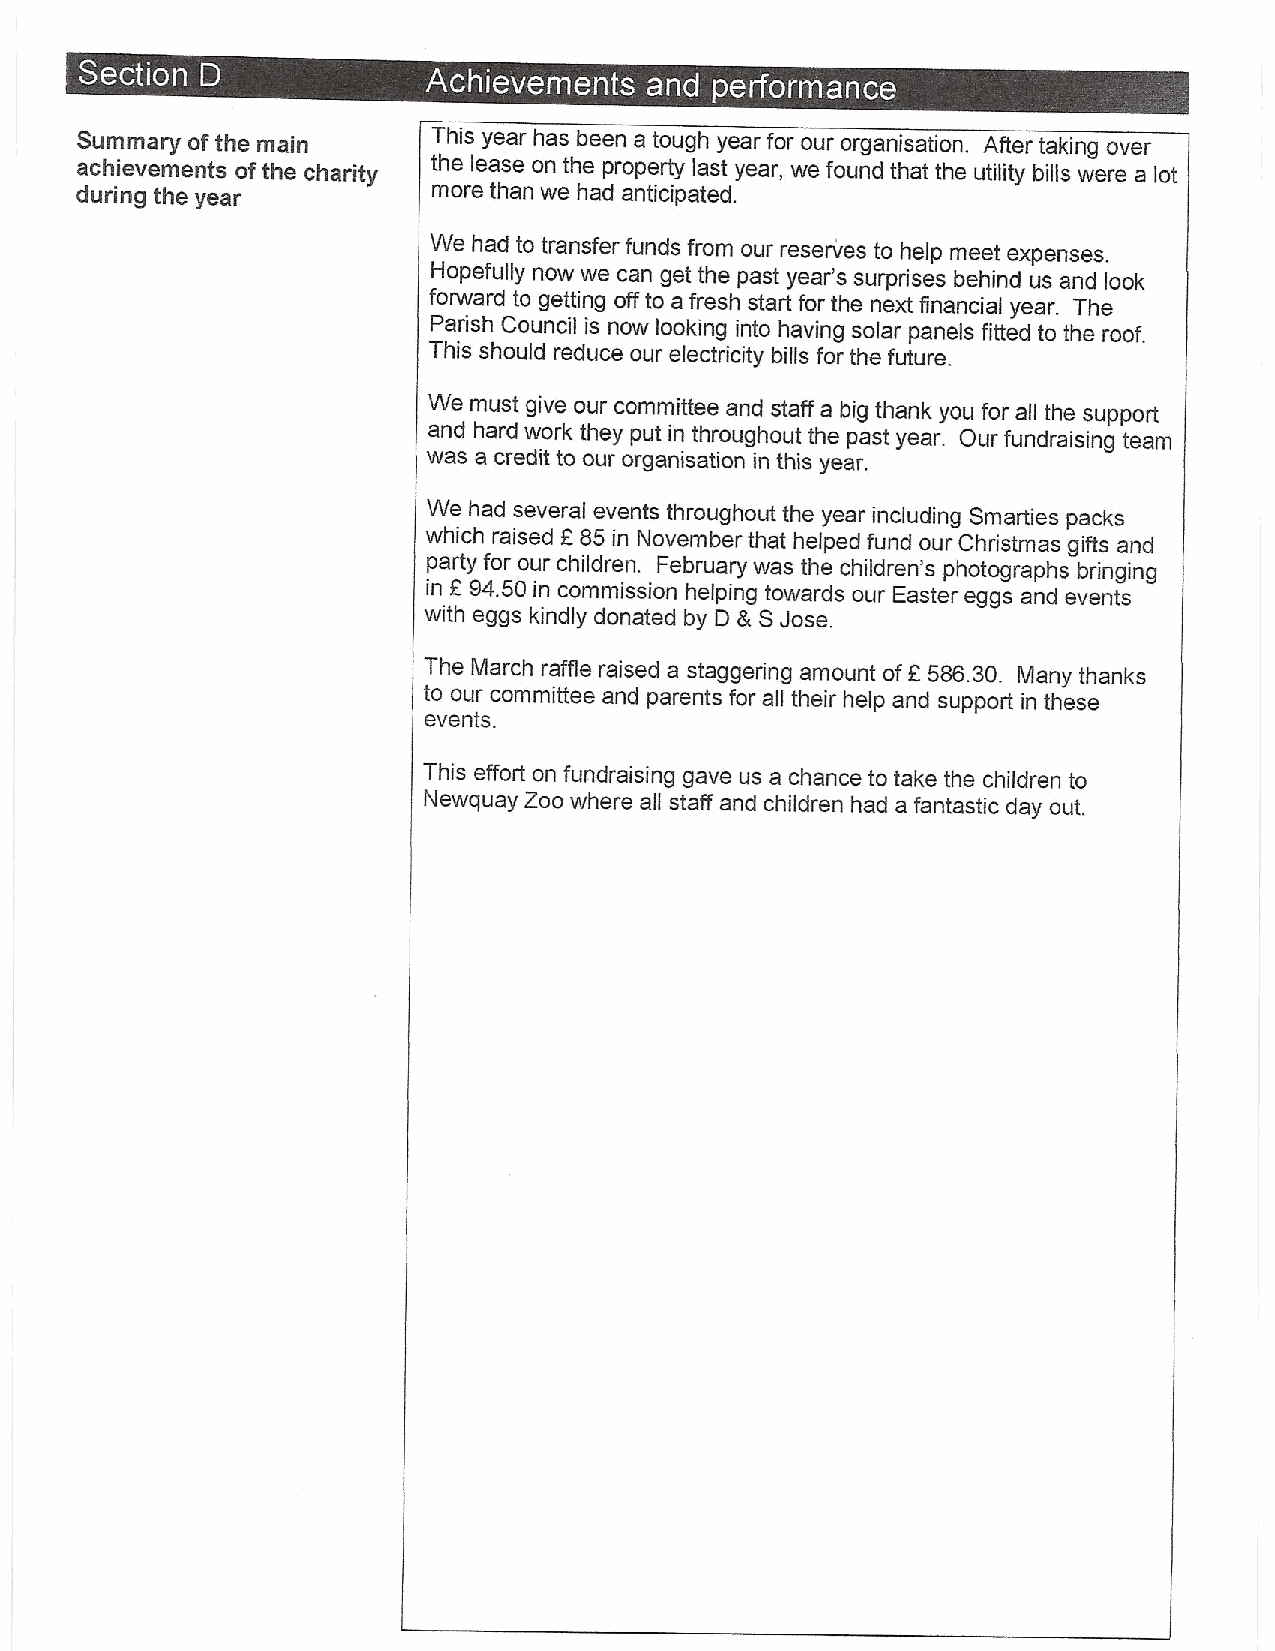
s  ~
 s
 ~   ~
 Summary ofthe main      This year has been a tough year for our organisation. After taking over
 achievements ofthe charity the lease on the property last year, we found that the utility bills were a lot
 during the year         more than we had anticipated.
 We had to transfer funds from our reserves to help meet expenses.
 Hopefully now we can get the past year's surprises behind us and look
 forward to getting offto a fresh start for the next financial year. The
 Parish Council is now looking into having solar panels fitted to the roof.
 This should reduce our electricity bills for the future.
 We must give our committee and staff a big thank you for all the support
 and hard work they put in throughout the past year. Our fundraising team
 was a credit to our organisation in this year.
 We had several events throughout the year including Smarties packs
 which raised F 85 in November that helped fund our Christmas gifts and
 party for our children. February was the children's photographs bringing
 in 8 94.50 in commission helping towards our Easter eggs and events
 with eggs kindly donated by D 8 SJose.
 The March raffle raised a staggering amount of8 586.30. Many thanks
 to our committee and parents for all their help and support in these
 events.
 This effort on fundraising gave us a chance to take the children to
 Newquay Zoo where all staff and children had a fantastic day out.